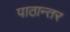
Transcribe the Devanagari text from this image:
पाठान्तर